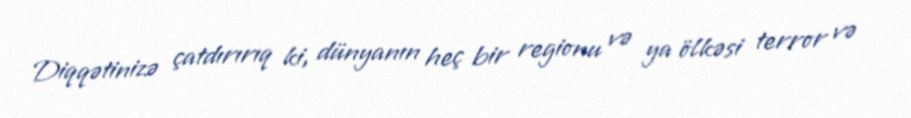
Diqqətinizə çatdırırıq ki, dünyanın heç bir regionu və ya ölkəsi terror və